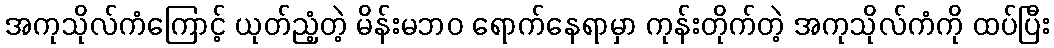
အကုသိုလ်ကံကြောင့် ယုတ်ညံ့တဲ့ မိန်းမဘဝ ရောက်နေရာမှာ ကုန်းတိုက်တဲ့ အကုသိုလ်ကံကို ထပ်ပြီး